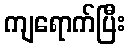
ကျရောက်ပြီး